Lunatic asylums Central Provinces reports 1886-1894 - 1886-1894
Year: 1886
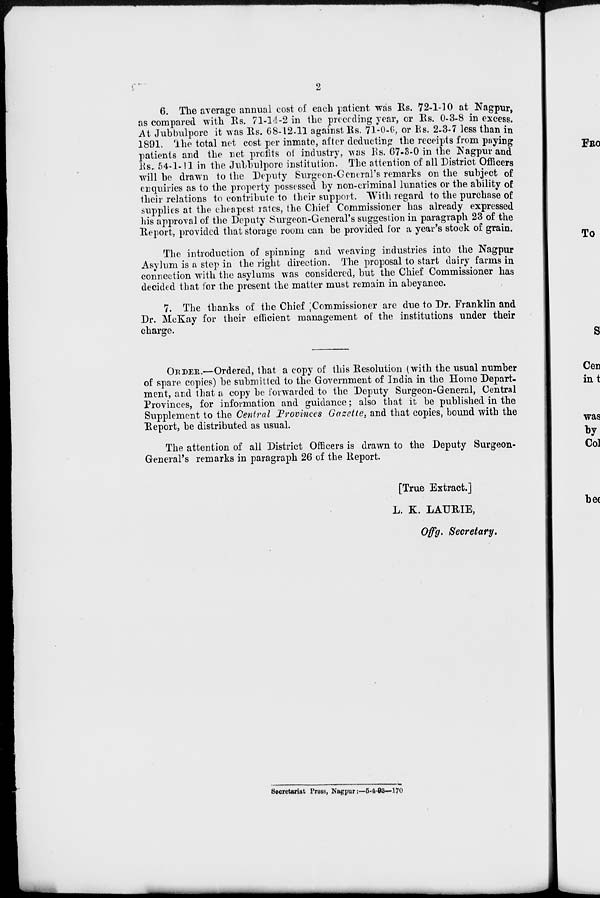
2
6. The average annual cost of each patient was Rs. 72-1-10 at Nagpur,
as compared with Rs. 71-14-2 in the preceding year, or Rs. 0-3-8 in excess.
At Jubbulpore it was Rs. 68-12-11 against Rs. 71-0-6, or Rs. 2-3-7 less than in
1891. The total net cost per inmate, after deducting the receipts from paying
patients and the net profits of industry, was Rs. 67-3-0 in the Nagpur and
Rs. 54-1-11 in the Jubbulpore institution. The attention of all District Officers
will be drawn to the Deputy Surgeon-General's remarks on the subject of
enquiries as to the property possessed by non-criminal lunatics or the ability of
their relations to contribute to their support. With regard to the purchase of
supplies at the cheapest rates, the Chief Commissioner has already expressed
his approval of the Deputy Surgeon-General's suggestion in paragraph 23 of the
Report, provided that storage room can be provided for a year's stock of grain.
The introduction of spinning and weaving industries into the Nagpur
Asylum is a step in the right direction. The proposal to start dairy farms in
connection with the asylums was considered, but the Chief Commissioner has
decided that for the present the matter must remain in abeyance.
7. The thanks of the Chief Commissioner are due to Dr. Franklin and
Dr. McKay for their efficient management of the institutions under their
charge.
ORDER.—Ordered, that a copy of this Resolution (with the usual number
of spare copies) be submitted to the Government of India in the Home Depart-
ment, and that a copy be forwarded to the Deputy Surgeon-General, Central
Provinces, for information and guidance; also that it be published in the
Supplement to the Central Provinces Gazette, and that copies, bound with the
Report, be distributed as usual.
The attention of all District Officers is drawn to the Deputy Surgeon-
General's remarks in paragraph 26 of the Report.
[True Extract.]
L. K. LAURIE,
Offg. Secretary.
Secretariat Press, Nagpur :—5-4-93—170